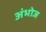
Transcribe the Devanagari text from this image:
अंभोज